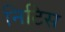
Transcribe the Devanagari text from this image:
निटिस